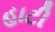
હાટી